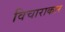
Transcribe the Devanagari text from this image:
विचाराकार